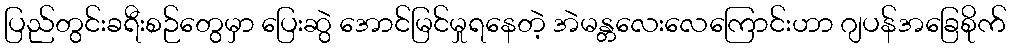
ပြည်တွင်းခရီးစဉ်တွေမှာ ပြေးဆွဲ အောင်မြင်မှုရနေတဲ့ အဲမန္တလေးလေကြောင်းဟာ ဂျပန်အခြေစိုက်